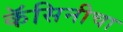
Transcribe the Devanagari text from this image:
कॅसिनीचा